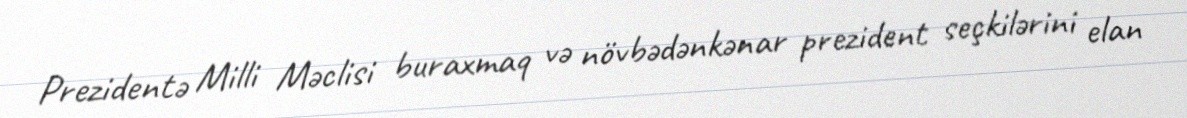
Prezidentə Milli Məclisi buraxmaq və növbədənkənar prezident seçkilərini elan